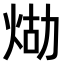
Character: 𤈸